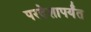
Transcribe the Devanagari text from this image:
परदेशापर्यंत